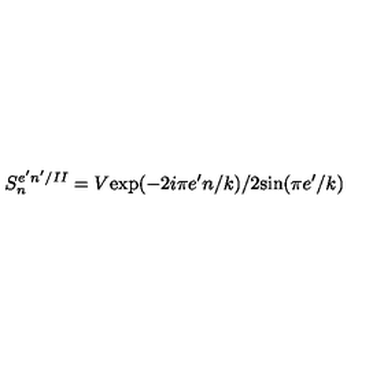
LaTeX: S _ { n } ^ { e ^ { \prime } n ^ { \prime } / I I } = V \mathrm { e x p } ( - 2 i \pi e ^ { \prime } n / k ) / 2 \mathrm { s i n } ( \pi e ^ { \prime } / k )